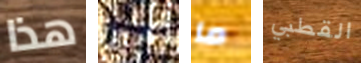
هذا نشاء ما القطبي